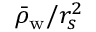
\bar { \rho } _ { \mathrm { w } } / r _ { s } ^ { 2 }